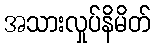
အသားလှုပ်နိမိတ်